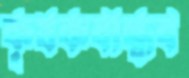
কৃষকবান্ধব